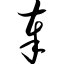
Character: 奉